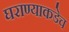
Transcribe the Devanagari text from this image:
घराण्याकडेच